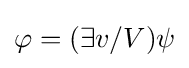
\varphi =(\exists v/V)\psi